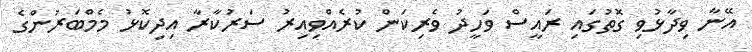
އޭނާ ވިދާޅުވި ގޮތުގައި ރައީސް ވަހީދު ވެރިކަން ކުރެއްވިއިރު ސަރުކާރާ އިދިކޮޅު މެމްބަރުންގެ